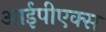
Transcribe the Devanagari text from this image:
आईपीएक्स